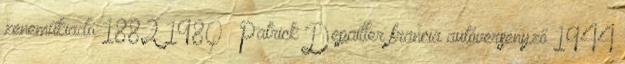
zeneműkiadó 1882 1980 – Patrick Depailler francia autóversenyző 1944